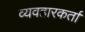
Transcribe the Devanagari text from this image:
व्यवहारकर्ता